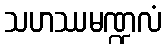
သဟဿမဏ္ဍလံ